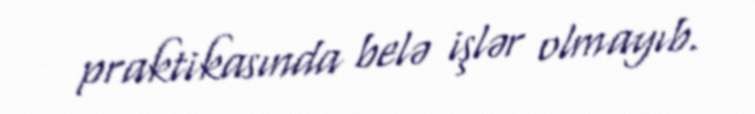
praktikasında belə işlər olmayıb.